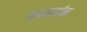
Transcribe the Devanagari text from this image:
कन्व्हर्शन